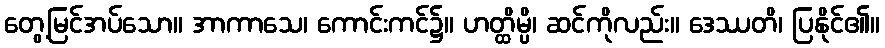
တွေ့မြင်အပ်သော။ အာကာသေ၊ ကောင်းကင်၌။ ဟတ္ထိမ္ပိ၊ ဆင်ကိုလည်း။ ဒေဿတိ၊ ပြနိုင်၏။